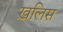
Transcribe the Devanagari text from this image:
ख़लिस